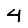
Digit: 4